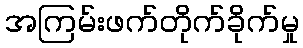
အကြမ်းဖက်တိုက်ခိုက်မှု